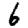
Digit: 6